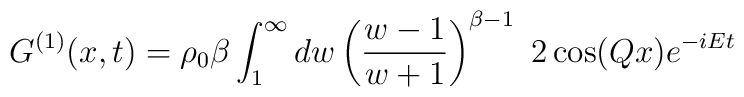
G^{(1)}(x,t)=\rho_0\beta \int_1^\infty dw \left( {w-1\over w+1}\right)^{\beta-1}\ 2\cos(Q x) e^{-i E t}